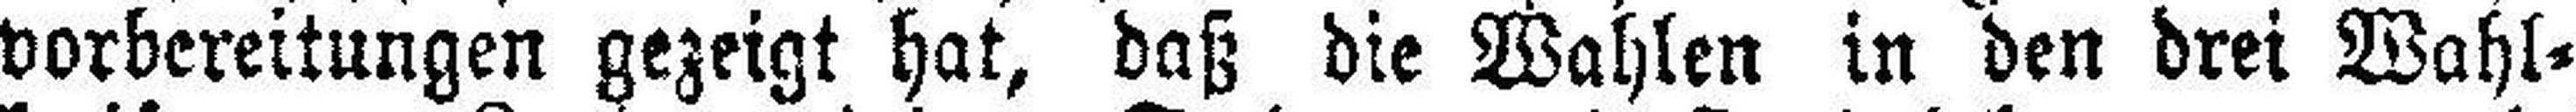
vorbereitungen gezeigt hat, daß die Wahlen in den drei Wahl¬